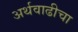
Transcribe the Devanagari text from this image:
अर्थवाढीचा